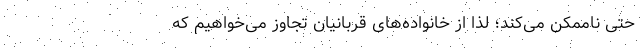
حتی ناممکن می‌کند؛ لذا از خانواده‌های قربانیان تجاوز می‌خواهیم که